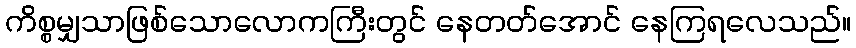
ကိစ္စမျှသာဖြစ်သောလောကကြီးတွင် နေတတ်အောင် နေကြရလေသည်။